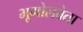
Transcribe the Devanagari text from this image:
भूगोलवेता